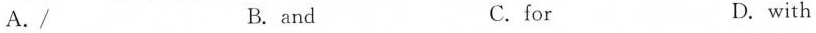
A. / B. and C.for D. with